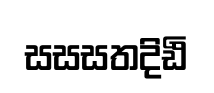
සසසතදිඪි